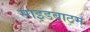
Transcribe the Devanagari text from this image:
साइडबाटम